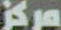
مركز